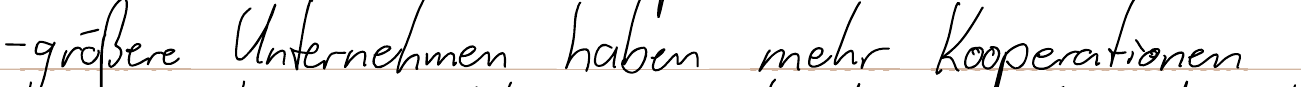
- größere Unternehmen haben mehr Kooperationen